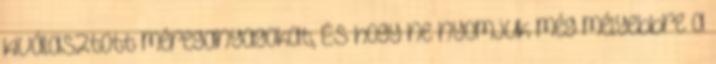
kiválasztott méreganyagokat, ÉS hogy ne nyomjuk még mélyebbre a